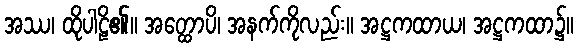
အဿ၊ ထိုပါဠိ၏။ အတ္ထောပိ၊ အနက်ကိုလည်း။ အဋ္ဌကထာယ၊ အဋ္ဌကထာ၌။